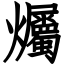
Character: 爥